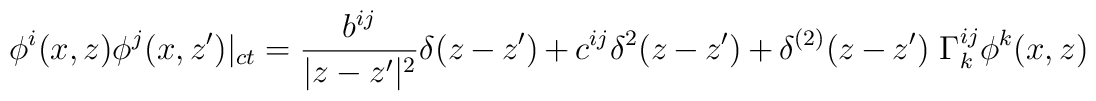
\phi^i(x,z) \phi^j(x,z')|_{ct} =\frac{b^{ij}}{|z-z'|^2}\delta(z-z')+ c^{ij}\delta^2(z-z')+ \delta^{(2)}(z-z')\ \Gamma^{ij}_k\phi^k(x,z)